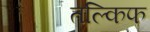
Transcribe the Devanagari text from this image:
तल्किफ